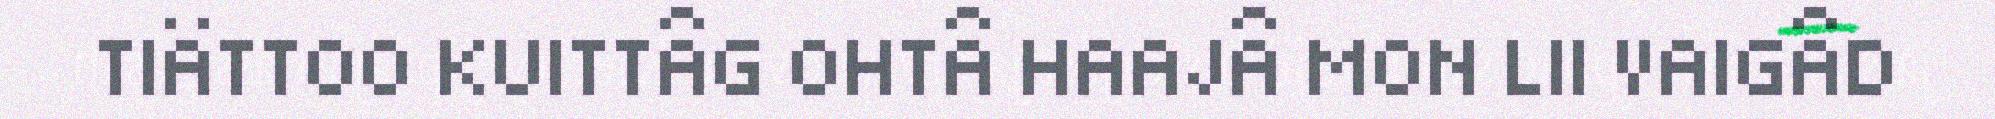
TIÄTTOO KUITTÂG OHTÂ HAAJÂ MON LII VAIGÂD